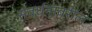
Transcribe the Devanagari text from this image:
संवर्धनावरील